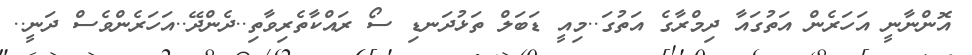
އޮންނާނީ އަހަރެން އަތުގައާ ދިމްރާގެ އަތުގަ..މިއީ ޑަބަލް ތަޅުދަނޑި ސޯ ރައްކާތެރިވާތި..ދެންދޭ..އަހަރެންވެސް ދަނީ..